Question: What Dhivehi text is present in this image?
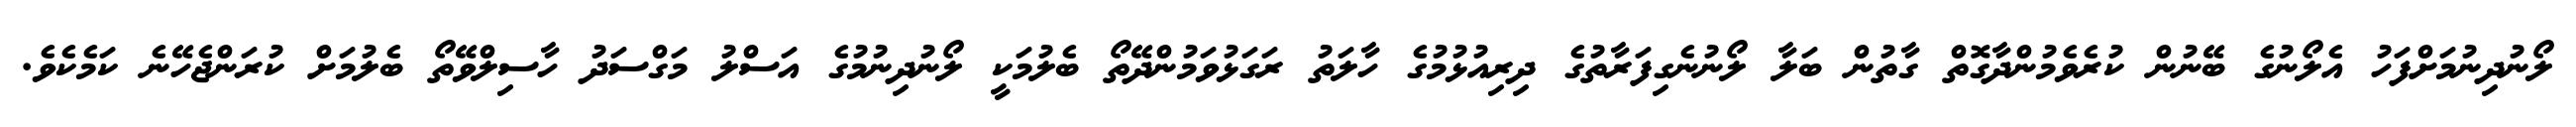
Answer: ލޯނުދިނުމަށްފަހު އެލޯނުގެ ބޭނުން ކުރެވެމުންދާގޮތް ގާތުން ބަލާ ލޯނުނެގިފަރާތުގެ ދިރިއުޅުމުގެ ހާލަތު ރަގަޅުވަމުންދޭތޯ ބެލުމަކީ ލޯނުދިނުމުގެ އަސްލު މަގްސަދު ހާސިލްވޭތޯ ބެލުމަށް ކުރަންޖެހޭނެ ކަމެކެވެ.